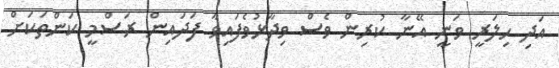
އަދި ހިލަރީ ވަނީ އޭނާ ކުރިން ވެސް ވިދާޅުވެފައިވާ ފަދައިން ރަސްމީ ކަންތަކަށް